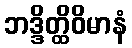
ဘဒ္ဒိတ္ထိဝိမာနံ